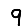
Digit: 9